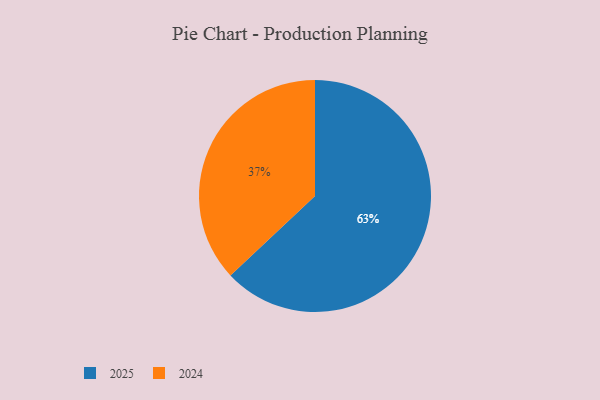
{"axis": {"x": "Category", "y": "Percentage"}, "legend": ["2024", "2025"], "data": [{"x": "2024", "y": 37, "type": "2024"}, {"x": "2025", "y": 63, "type": "2025"}]}